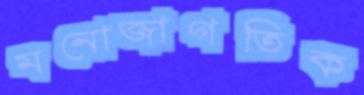
মনোজাগতিক